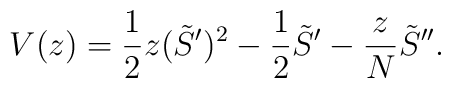
V(z) = \frac12 z (\tilde{S}^{\prime})^2 - \frac12 \tilde{S}^{\prime}- \frac zN \tilde{S}^{\prime\prime}.